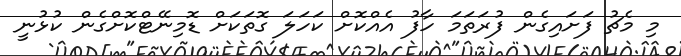
މި މެޗު ފަށައިގެން ފުރަތަމަ ހާފު އެއްކޮށް ކަހަލަ ގޮތަކަށް ޑޮމިނޭޓްކޮށްގެން ކުޅުނީ